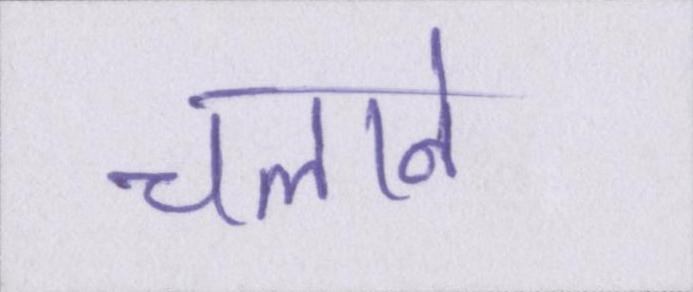
चलाने